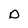
Character: o